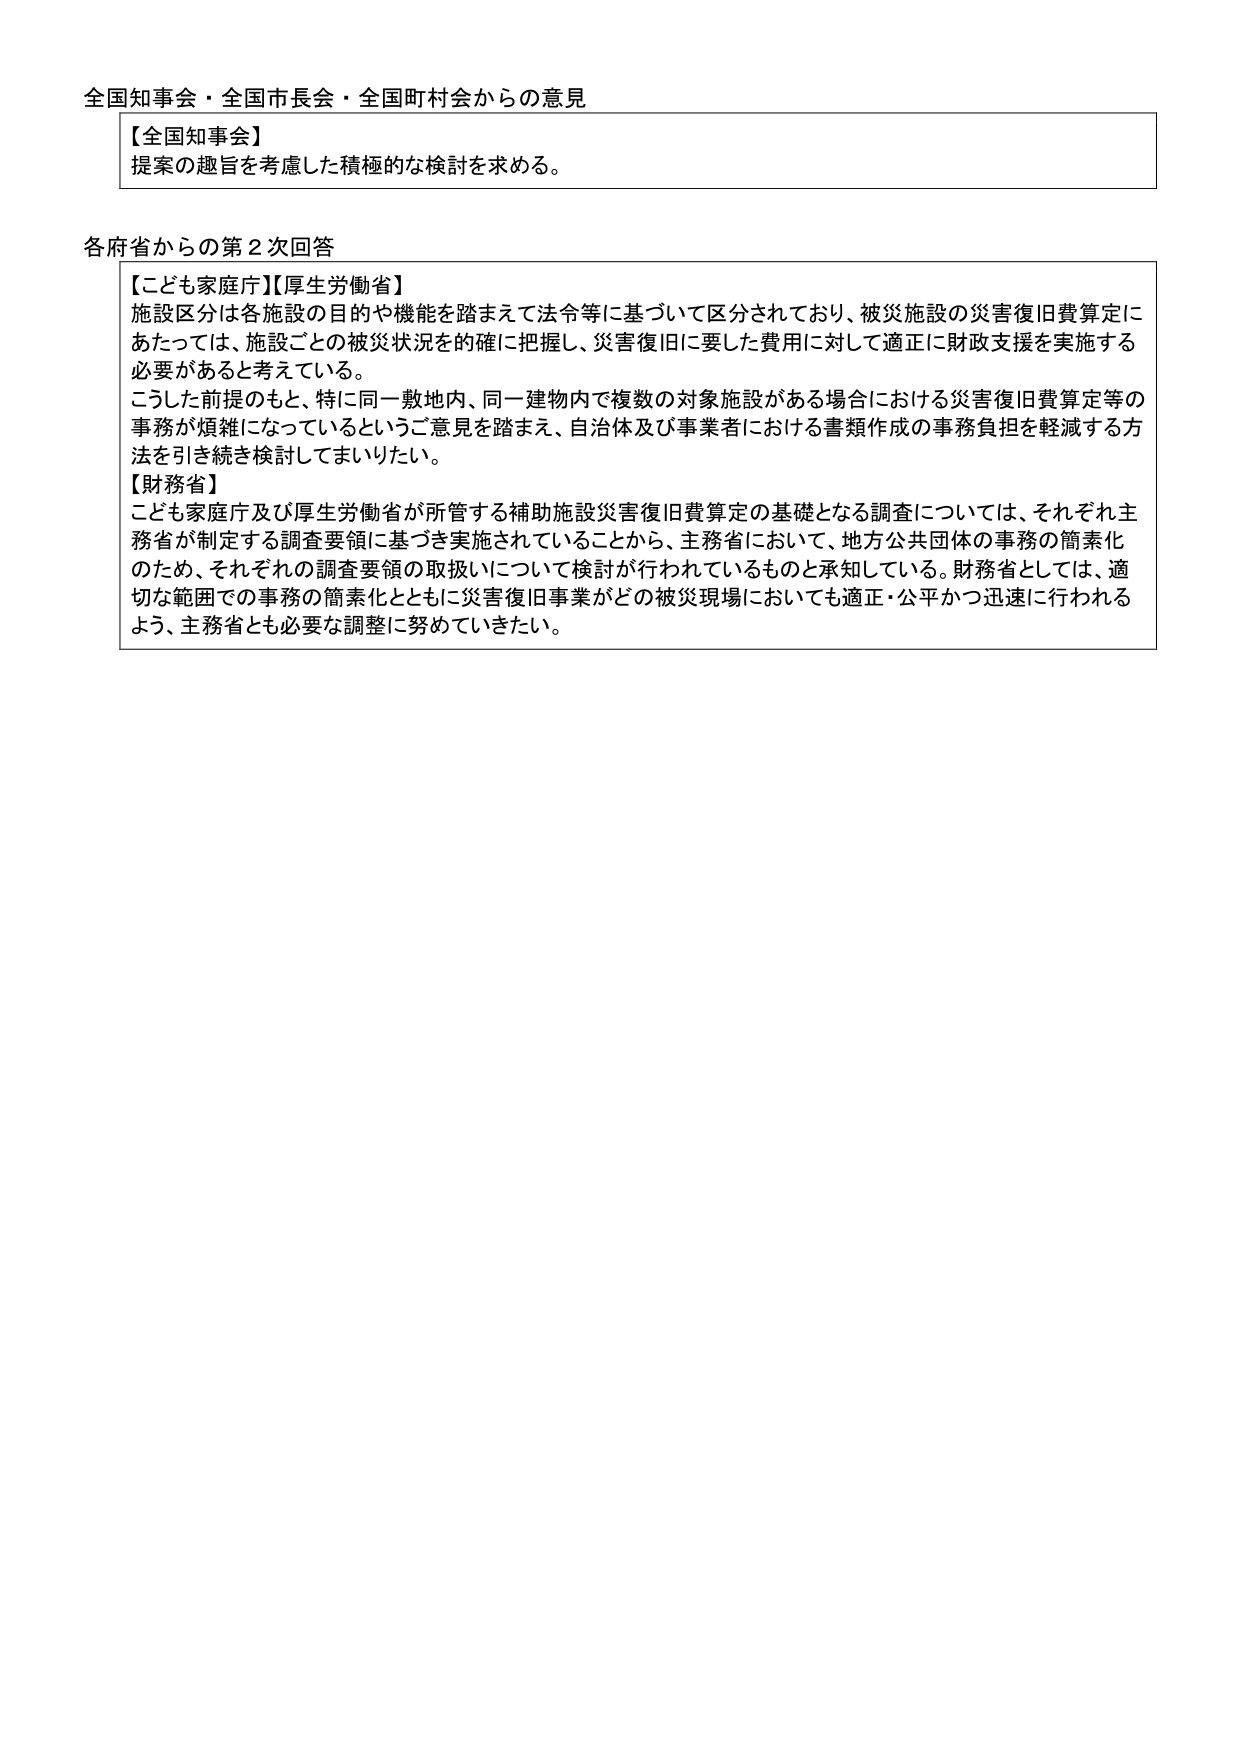
全国知事会・全国市長会・全国町村会からの意見

【全国知事会】
提案の趣旨を考慮した積極的な検討を求める。

各府省からの第２次回答

【こども家庭庁】【厚生労働省】
施設区分は各施設の目的や機能を踏まえて法令等に基づいて区分されており、被災施設の災害復旧費算定にあたっては、施設ごとの被災状況を的確に把握し、災害復旧に要した費用に対して適正に財政支援を実施する必要があると考えている。
こうした前提のもと、特に同一敷地内、同一建物内で複数の対象施設がある場合における災害復旧費算定等の事務が煩雑になっているというご意見を踏まえ、自治体及び事業者における書類作成の事務負担を軽減する方法を引き続き検討してまいりたい。

【財務省】
こども家庭庁及び厚生労働省が所管する補助施設災害復旧費算定の基礎となる調査については、それぞれ主務省が制定する調査要領に基づき実施されていることから、主務省において、地方公共団体の事務の簡素化のため、それぞれの調査要領の取扱いについて検討が行われているものと承知している。財務省としては、適切な範囲での事務の簡素化とともに災害復旧事業がどの被災現場においても適正・公平かつ迅速に行われるよう、主務省とも必要な調整に努めていきたい。